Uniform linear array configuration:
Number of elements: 16
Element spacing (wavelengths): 0.5
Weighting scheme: binomial
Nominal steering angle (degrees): -30
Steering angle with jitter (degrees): -30.19
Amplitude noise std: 0.05
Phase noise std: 0.05

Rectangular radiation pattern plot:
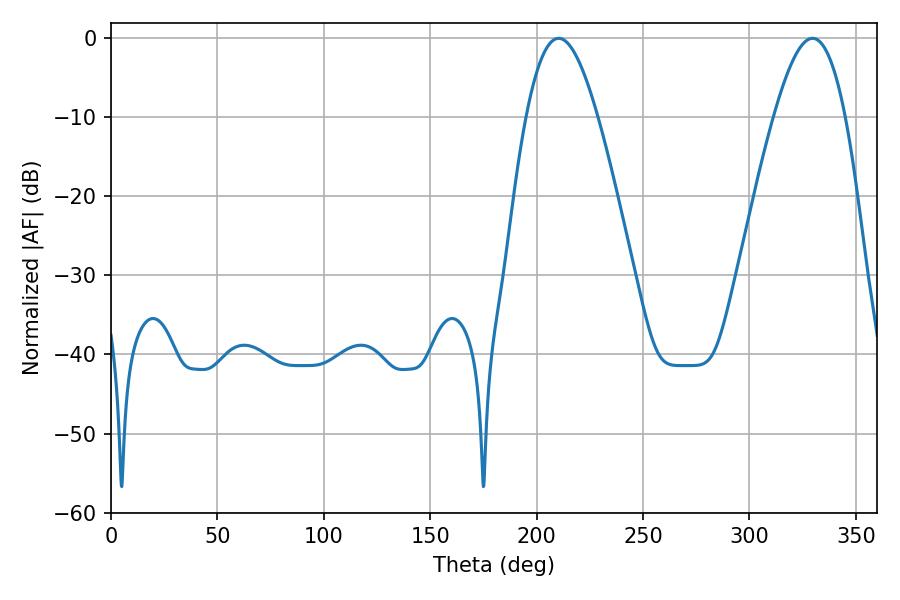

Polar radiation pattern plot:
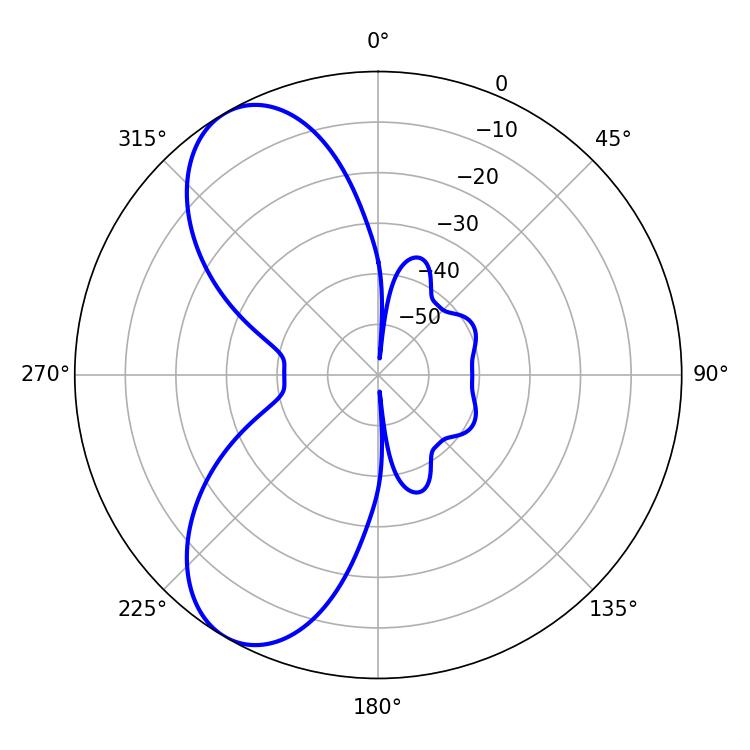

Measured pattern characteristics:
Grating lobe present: FALSE
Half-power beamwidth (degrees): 18.18
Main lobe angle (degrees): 210.42